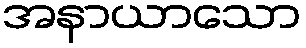
အနာယာသော